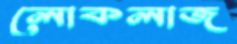
লোকলাজ